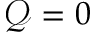
\mathcal Q = 0